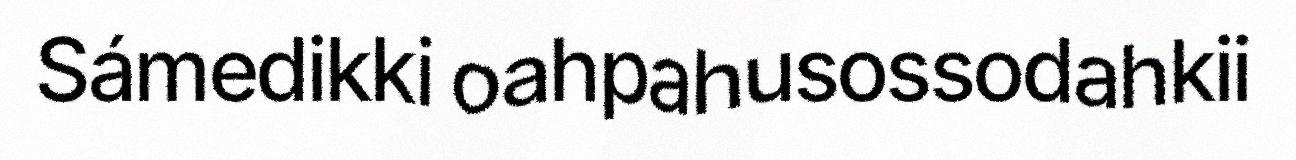
Sámedikki oahpahusossodahkii